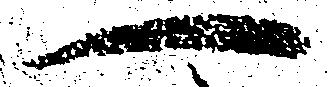
へ